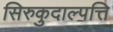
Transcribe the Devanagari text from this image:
सिरुकुदाल्पत्ति